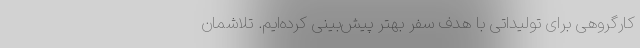
کارگروهی برای تولیداتی با هدف سفر بهتر پیش‌بینی کرده‌ایم. تلاشمان